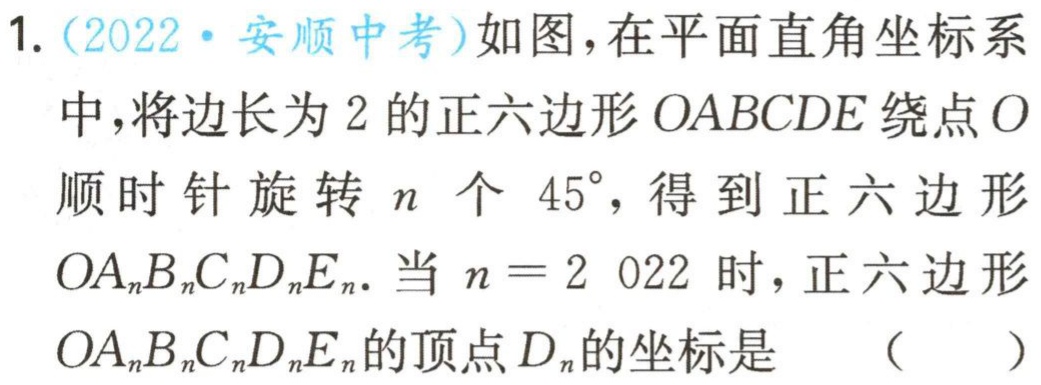
1.（2022·安顺中考）如图，在平面直角坐标系中，将边长为2的正六边形\(OABCDE\)绕点\(O\)顺时针旋转\(n\)个\(45^{\circ}\)，得到正六边形\(OA_{n}B_{n}C_{n}D_{n}E_{n}\)．当\(n = 2 022\)时，正六边形\(OA_{n}B_{n}C_{n}D_{n}E_{n}\)的顶点\(D_{n}\)的坐标是 （  ）